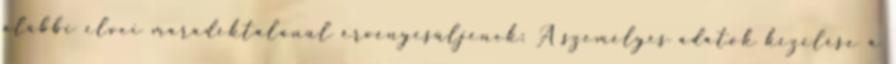
alábbi elvei maradéktalanul érvényesüljenek: A személyes adatok kezelése a